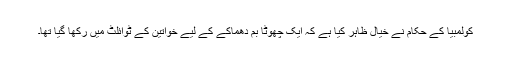
کولمبیا کے حکام نے خیال ظاہر کیا ہے کہ ایک چھوٹا بم دھماکے کے لیے خواتین کے ٹوائلٹ میں رکھا گیا تھا۔